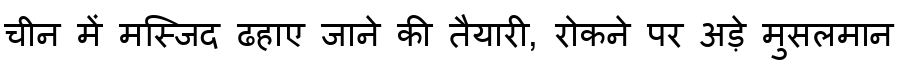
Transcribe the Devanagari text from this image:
चीन में मस्जिद ढहाए जाने की तैयारी, रोकने पर अड़े मुसलमान